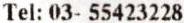
TEL: 03- 55423228